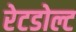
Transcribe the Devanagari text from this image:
रेटडोल्ट